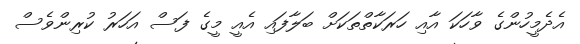
އެދެމީހުންގެ ވާހަަކަ އާއި ހަރަކާތްތަކަށް ބަލާފައި އެއީ މީގެ ފަސް އަހަރު ކުރިންވެސް